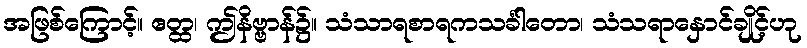
အဖြစ်ကြောင့်။ ဧတ္ထ၊ ဤနိဗ္ဗာန်၌။ သံသာရစာရကသင်္ခါတော၊ သံသရာနှောင်ချိုင့်ဟု